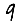
Digit: 9